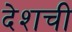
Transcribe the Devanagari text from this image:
देशची